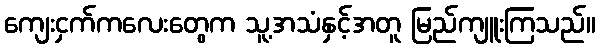
ကျေးငှက်ကလေးတွေက သူ့အသံနှင့်အတူ မြည်ကျူးကြသည်။